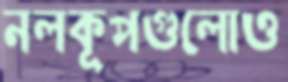
নলকূপগুলোও